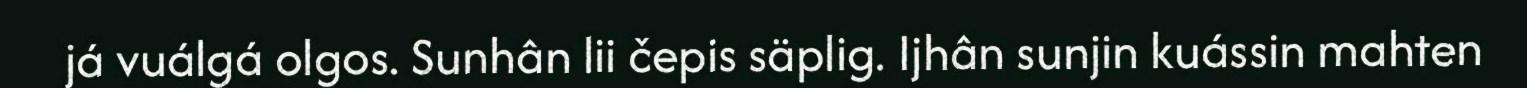
já vuálgá olgos. Sunhân lii čepis säplig. Ijhân sunjin kuássin mahten